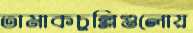
তামাকচুল্লিগুলোয়